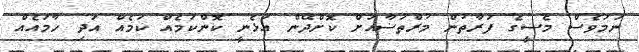
ނަމަވެސް މެސީގެ ފަރާތުން މުރްތަޟާއަށް ކޮށްދޭން އުޅެނީ ކޮންކަމެއް ކަމެއް އަދި ހާމައެއް